Regulations for the medical services of the Army of India
Year: 1930
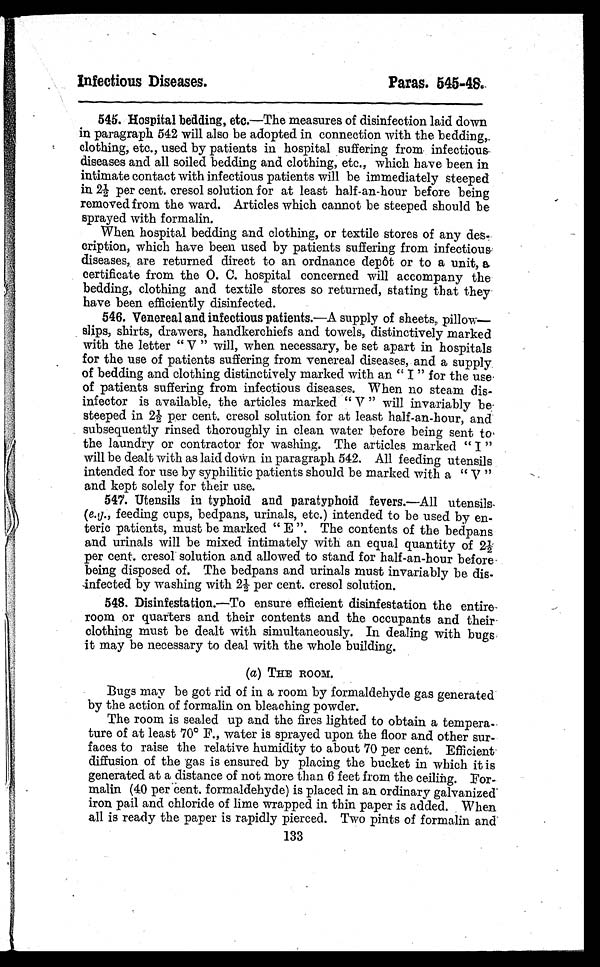
Infectious Diseases.
Paras. 545-48.
545. Hospital bedding, etc.—The measures of disinfection laid down
in paragraph 542 will also be adopted in connection with the bedding,.
clothing, etc., used by patients in hospital suffering from infectious-
diseases and all soiled bedding and clothing, etc., which have been in
intimate contact with infectious patients will be immediately steeped
in 2½ per cent. cresol solution for at least half-an-hour before being
removed from the ward. Articles which cannot be steeped should be
sprayed with formalin.
When hospital bedding and clothing, or textile stores of any des-
cription, which have been used by patients suffering from infectious
diseases, are returned direct to an ordnance depot or to a unit, a
certificate from the 0. C. hospital concerned will accompany the
bedding, clothing and textile stores so returned, stating that they
have been efficiently disinfected.
546. Venereal and infectious patients.—A supply of sheets, pillow-
slips, shirts, drawers, handkerchiefs and towels, distinctively marked
with the letter " V " will, when necessary, be set apart in hospitals
for the use of patients suffering from venereal diseases, and a supply.
of bedding and clothing distinctively marked with an " I " for the use.
of patients suffering from infectious diseases. When no steam dis-
infector is available, the articles marked " V " will invariably be
steeped in 2½ per cent. cresol solution for at least half-an-hour, and
subsequently rinsed thoroughly in clean water before being sent to,
the laundry or contractor for washing. The articles marked " I "
will be dealt with as laid down in paragraph 542. All feeding utensils
intended for use by syphilitic patients should be marked with a " V "
and kept solely for their use.
547. Utensils in typhoid and paratyphoid fevers.—All utensils-
(e.g., feeding cups, bedpans, urinals, etc.) intended to be used by en-
teric patients, must be marked " E ". The contents of the bedpans
and urinals will be mixed intimately with an equal quantity of 2½
per cent. cresol solution and allowed to stand for half-an-hour before
being disposed of. The bedpans and urinals must invariably be dis-
-infected by washing with 2½ per cent. cresol solution.
548. Disinfestation.—To ensure efficient disinfestation the entire-
room or quarters and their contents and the occupants and their
clothin must be dealt with simultaneously. In dealing with bugs
it may be necessary to deal with the whole building.
(a) THE ROOM.
Dugs may be got rid of in a room by formaldehyde gas generated
by the action of formalin on bleaching powder.
The room is sealed up and the fires lighted to obtain a tempera-
ture of at least 70° F., water is sprayed upon the floor and other sur-
faces to raise the relative humidity to about 70 per cent. Efficient
diffusion of the 'gas is ensured by placing the bucket in which it is
generated at a distance of not more than 6 feet from the ceiling. For-
malin (40 per cent. formaldehyde) is placed in an ordinary galvanized'
iron pail and chloride of lime wrapped in thin paper is added. When
all is ready the paper is rapidly pierced. Two pints of formalin and